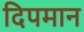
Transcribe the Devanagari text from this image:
दिपमान